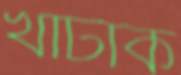
খাটাক